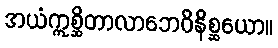
အယံဣစ္ဆိတာလာဘေဝိနိစ္ဆယော။